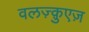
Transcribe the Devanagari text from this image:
वलज़्क़ुएज़